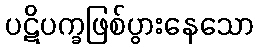
ပဋိပက္ခဖြစ်ပွားနေသော